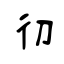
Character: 彻